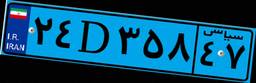
۳۸D۵۹۳۲۰